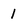
Character: 1